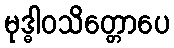
မုဒ္ဓါဝသိတ္တောပေ